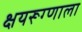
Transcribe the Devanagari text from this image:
क्षयरूग्णाला